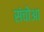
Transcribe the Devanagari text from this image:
संचोआ